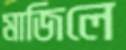
মাজিলে